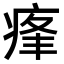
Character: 𤶞